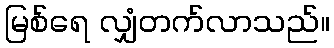
မြစ်ရေ လျှံတက်လာသည်။